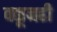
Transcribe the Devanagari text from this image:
वळूनही